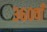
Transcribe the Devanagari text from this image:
३६०वाँ